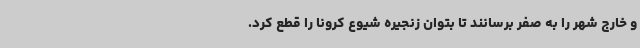
و خارج شهر را به صفر برسانند تا بتوان زنجیره شیوع کرونا را قطع کرد.